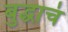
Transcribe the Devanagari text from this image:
बुद्धाचं